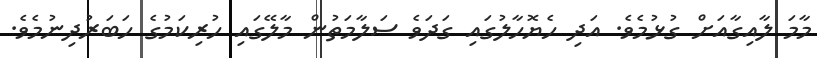
މާމަ ލާއިގާއަށް ގުޅުމެވެ. އަދި ހެޔޮހާލުގައި ގަދަވެ ސަލާމަތުން މާލޭގައި ހުރިކަމުގެ ހަބަރުދިނުމެވެ.